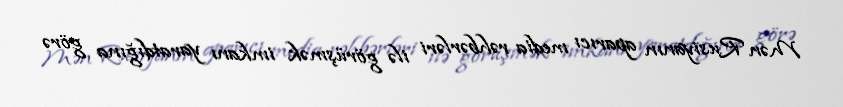
Mən Rusiyanın aparıcı media rəhbərləri ilə görüşmək imkanı yaratdığına görə